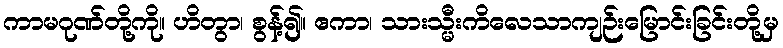
ကာမဂုဏ်တို့ကို။ ဟိတွာ၊ စွန့်၍။ ဧကာ၊ သားသ္မီးကိလေသာကျဉ်းမြောင်းခြင်းတို့မှ